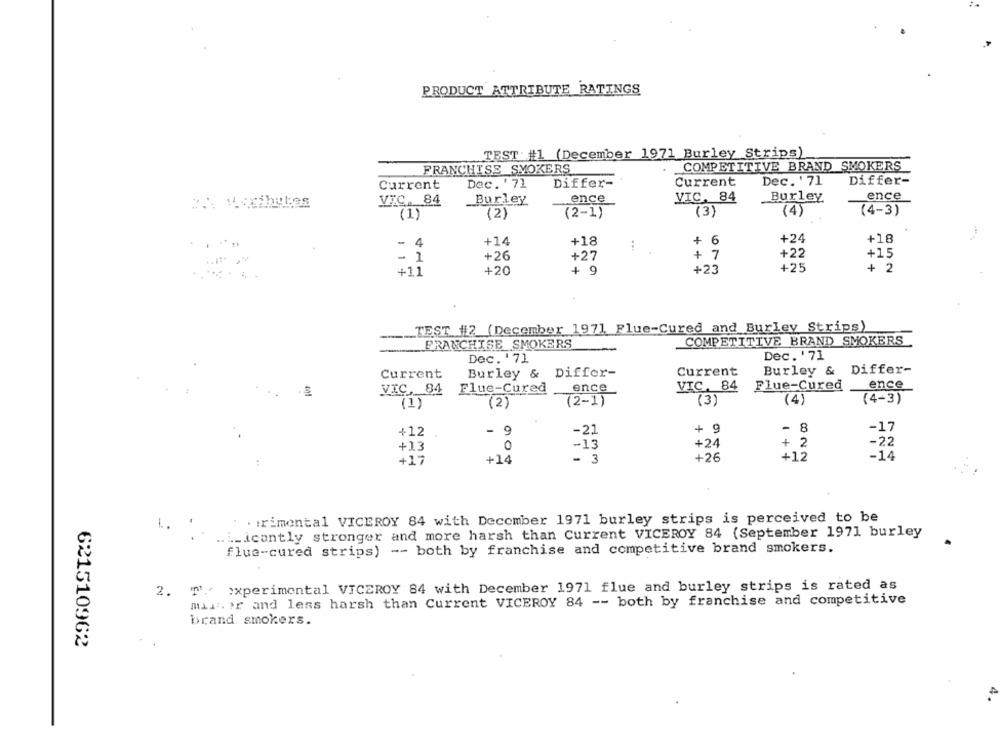
PRODUCT ATTRIBUTE RATINGS
TEST #1 (December 1971 Burley Strips)
COMPETITIVE BRAND SMOKERS
FRANCHISE SMOKERS
Dec. ' 71
Differ-
Current
Dec. ' 71
Differ-
Current
ence
VIC. 84
_Burley
ence
VIC. 84
Burley
(1)
(2)
(2-1)
(3)
(4)
(4-3)
+14
+18
+
6
+24
+18
4
+26
+ 7
+22
+15
- 1
+27
+20
+ 9
+23
+25
+ 2
+11
TEST #2 (December 1971 Flue-Cured and Burley Strips)
FRANCHISE SMOKERS
COMPETITIVE BRAND SMOKERS
Dec. '71
Dec. '71
Current
Burley & Differ-
Current
Burley & Differ-
VIC, 84
Flue-Cured
ence
VIC, 84
Flue-Cured
ence
(1)
(2)
(2-1)
(3)
(4)
(4-3)
-
+
9
-
8
-17
+12
-21
+24
+
2
-22
+13
0
-13
+26
+12
-14
+17
+14
- 3
. rimental VICEROY 84 with December 1971 burley strips is perceived to be
i_icantly stronger and more harsh than Current VICEROY 84 (September 1971 burley
flue-cured strips) -- both by franchise and competitive brand smokers.
2. T." >xperimental VICEROY 84 with December 1971 flue and burley strips is rated as
min. or and less harsh than Current VICEROY 84 -- both by franchise and competitive
brand smokers.
621510962